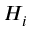
H _ { i }